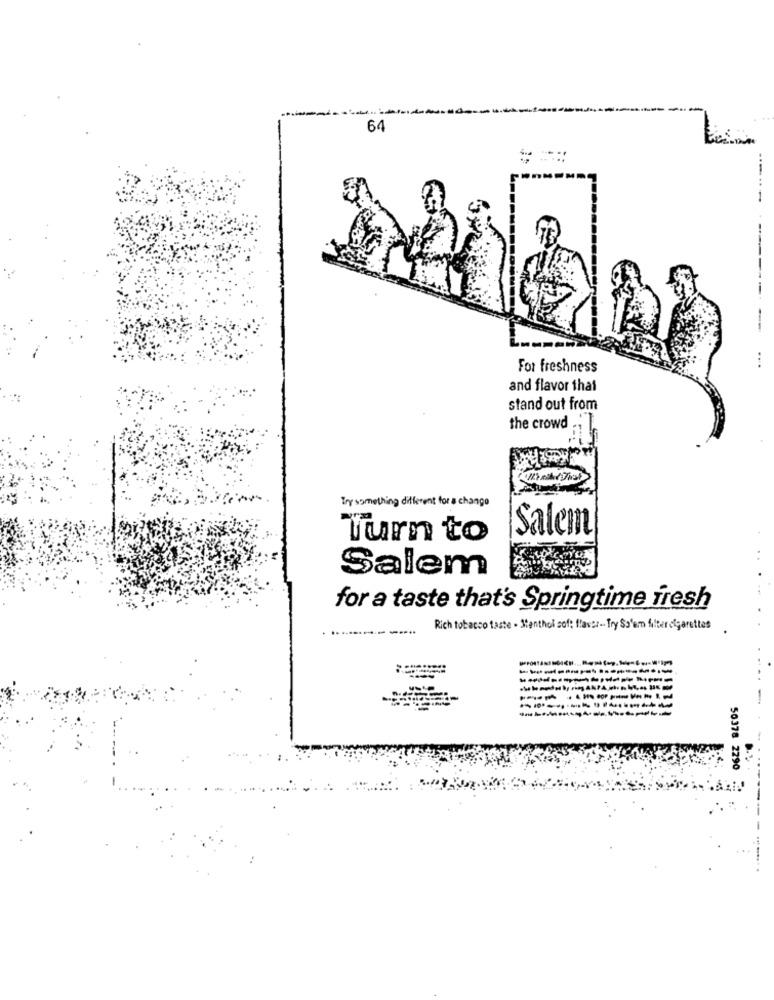
64
For freshness
and flavor that
stand out from
the crowd ..
Try something different for a change
Salem
Turn to
Salem
for a taste that's Springtime fresh
Rich tobacco taste . Menthol sof: ffaver -. Try Sa'em filter cigarettes
50378 2290